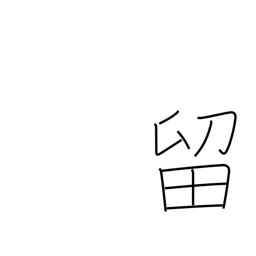
Meaning: detain